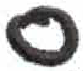
אות: ס